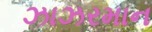
ઝાઝરમાન